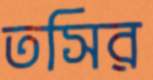
তসির